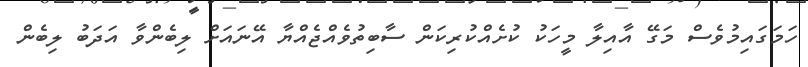
ހަމަގައިމުވެސް މަގޭ އާއިލާ މީހަކު ކުށެއްކުރިކަން ސާބިތުވެއްޖެއްޔާ އޭނައަށް ލިބެންވާ އަދަބު ލިބެން